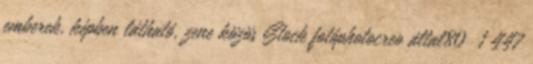
emberek, képben látható, zene közös Stock fotóphotocreo által80 1 447